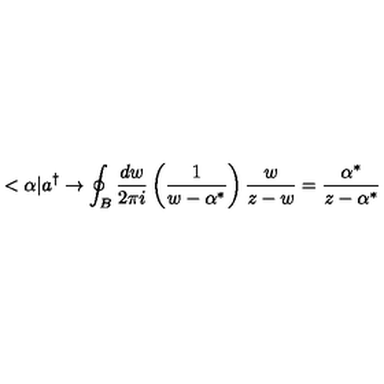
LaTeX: < \alpha | a ^ { \dagger } \rightarrow \oint _ { B } \frac { d w } { 2 \pi i } \left( \frac 1 { w - \alpha ^ { * } } \right) \frac w { z - w } = \frac { \alpha ^ { * } } { z - \alpha ^ { * } }